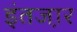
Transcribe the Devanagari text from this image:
इंतजा़र